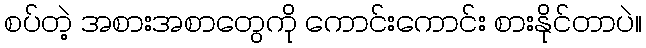
စပ်တဲ့ အစားအစာတွေကို ကောင်းကောင်း စားနိုင်တာပဲ။